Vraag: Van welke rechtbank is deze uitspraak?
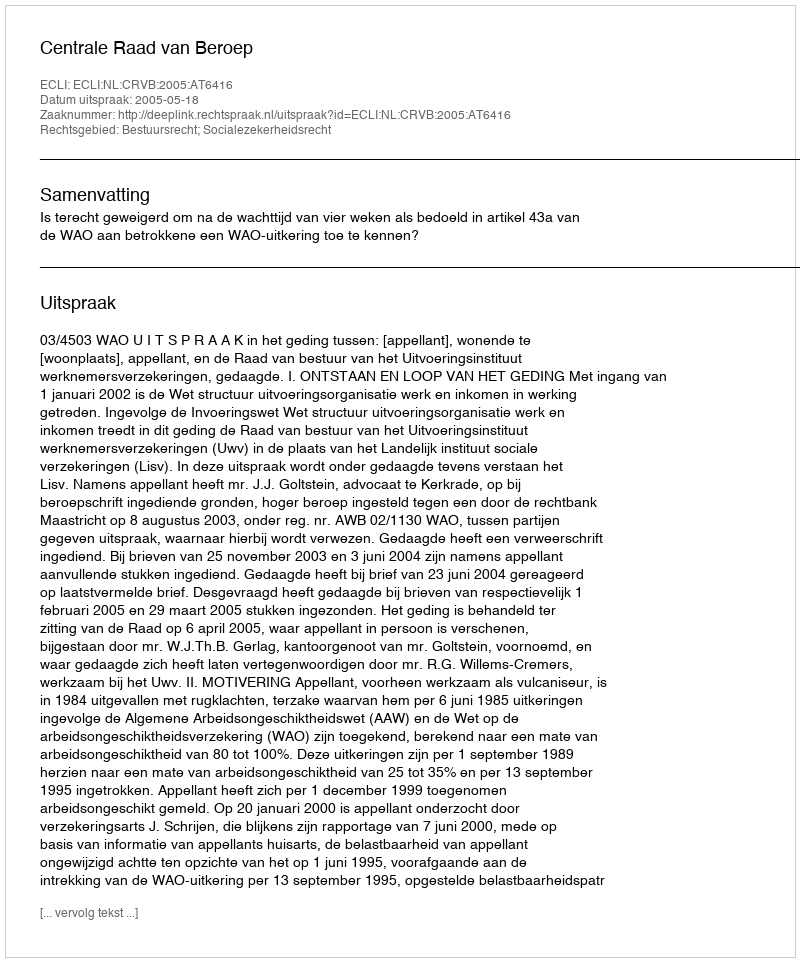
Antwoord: Centrale Raad van Beroep